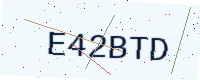
Text: E42BTD